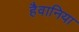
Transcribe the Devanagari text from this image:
हैवानिया